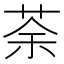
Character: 荼